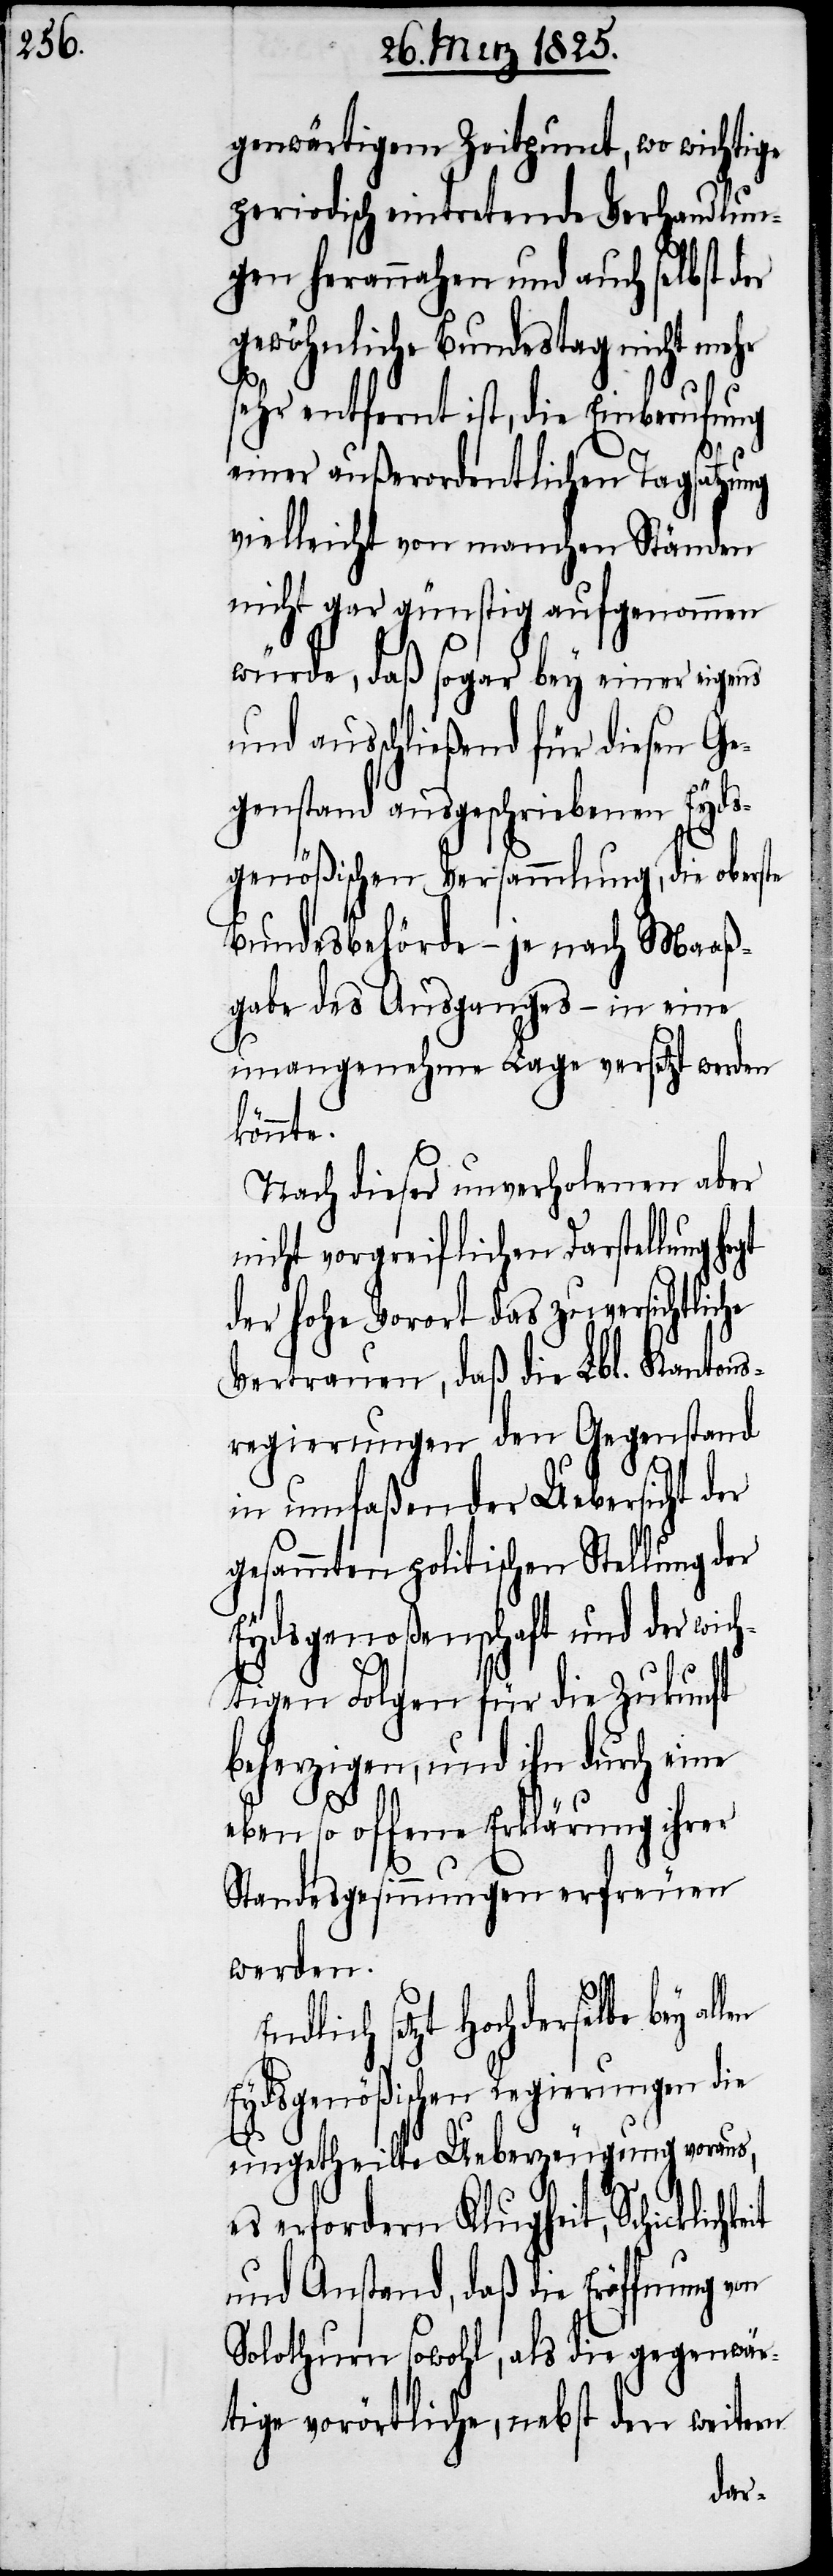
genwärtigem Zeitpunct, wo wichtige
periodisch eintretende Verhandlun¬
gen herannahen und auch selbst der
gewöhnliche Bundestag nicht mehr
E¬
sehr entfernt ist, die Einberufung
einer außerordentlichen Tagsatzung
vielleicht von manchen Ständen
nicht gar günstig aufgenommen
würde, daß sogar bey einer eigens
und ausschließend für diesen Ge¬
genstand ausgeschriebenen Eyds¬
genößischen Versammlung, die oberste
Bundesbehörde – je nach Maaß¬
gabe des Ausganges – in eine
unangenehme Lage versetzt werden
keit
Nach dieser unverholenen aber
nicht vorgreiflichen Darstellung
der hohe Vorort das zuversichtliche
Vertrauen, daß die Lbl. Kantons¬
regierungen den Gegenstand
in umfaßender Uebersicht der
gesammten politischen Stellung der
Eydsgenoßenschaft und der wic¬
htigen Folgen für die Zukunft
beherzigen, und ihn durch eine
eben so offene Erklärung ihrer
Standesgesinnungen erfreuen
werden.
ndlich setzt Hochderselbe bey
Eydsgenößischen Regierungen die
ungetheilte Ueberzeugung voraus,
es erfordern Klugheit, Schicklich¬
und Anstand, daß die Eröffnung von
Solothurn sowohl, als die gegenwär¬
tige vorörtliche, nebst
weitern